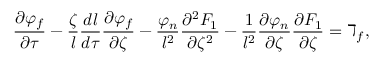
\frac { \partial \varphi _ { f } } { \partial \tau } - \frac { \zeta } { l } \frac { d l } { d \tau } \frac { \partial \varphi _ { f } } { \partial \zeta } - \frac { \varphi _ { n } } { l ^ { 2 } } \frac { \partial ^ { 2 } F _ { 1 } } { \partial \zeta ^ { 2 } } - \frac { 1 } { l ^ { 2 } } \frac { \partial \varphi _ { n } } { \partial \zeta } \frac { \partial F _ { 1 } } { \partial \zeta } = \daleth _ { f } ,